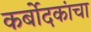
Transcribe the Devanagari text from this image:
कर्बोदकांचा